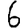
Digit: 6